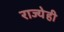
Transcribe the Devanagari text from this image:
राज्येही